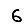
Digit: 6